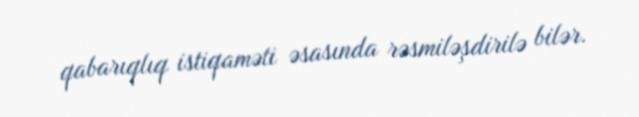
qabarıqlıq istiqaməti əsasında rəsmiləşdirilə bilər.